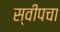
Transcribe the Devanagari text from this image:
स्वीपचा